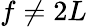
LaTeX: f\neq 2L